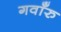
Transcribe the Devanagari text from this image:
गवाँरु